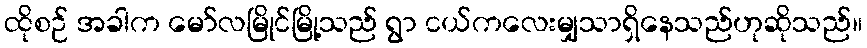
ထိုစဉ် အခါက မော်လမြိုင်မြို့သည် ရွာ ငယ်ကလေးမျှသာရှိနေသည်ဟုဆိုသည်။